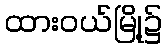
ထားဝယ်မြို့၌